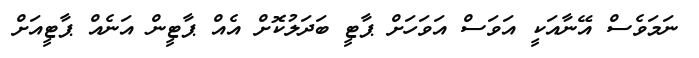
ނަމަވެސް އޭނާއަކީ އަވަސް އަވަހަށް ޕާޓީ ބަދަލުކޮށް އެއް ޕާޓީން އަނެއް ޕާޓީއަށް